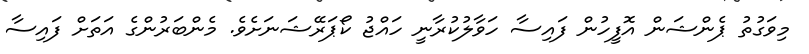
މިވަގުތު ޕެންޝަން އޮފީހުން ފައިސާ ހަވާލުކުރާނީ ހައްޖު ކޯޕަރޭޝަނަށެވެ. މެންބަރުންގެ އަތަށް ފައިސާ